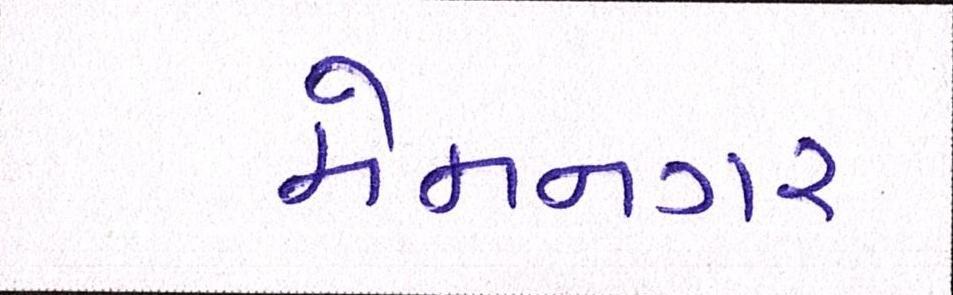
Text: મેમનગર